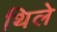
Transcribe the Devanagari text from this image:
थिले